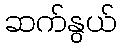
ဆက်နွယ်